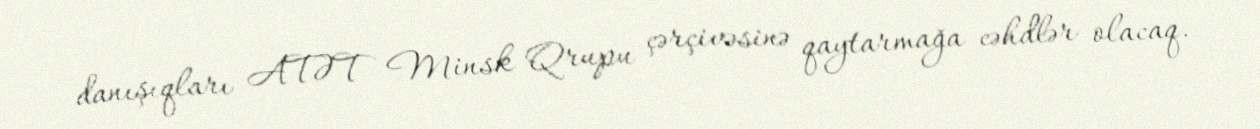
danışıqları ATƏT Minsk Qrupu çərçivəsinə qaytarmağa cəhdlər olacaq.